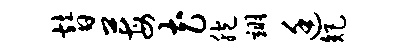
替莓花胞翊廷矩